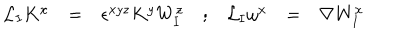
\begin{array} { c c c c c c c } { { { \cal L } _ { \mathbf { I } } K ^ { x } } } & { { = } } & { { \epsilon ^ { x y z } K ^ { y } W _ { \mathbf { I } } ^ { z } } } & { { ; } } & { { { \cal L } _ { \mathbf { I } } \omega ^ { x } } } & { { = } } & { { \nabla W _ { \mathbf { I } } ^ { x } } } \\ \end{array}